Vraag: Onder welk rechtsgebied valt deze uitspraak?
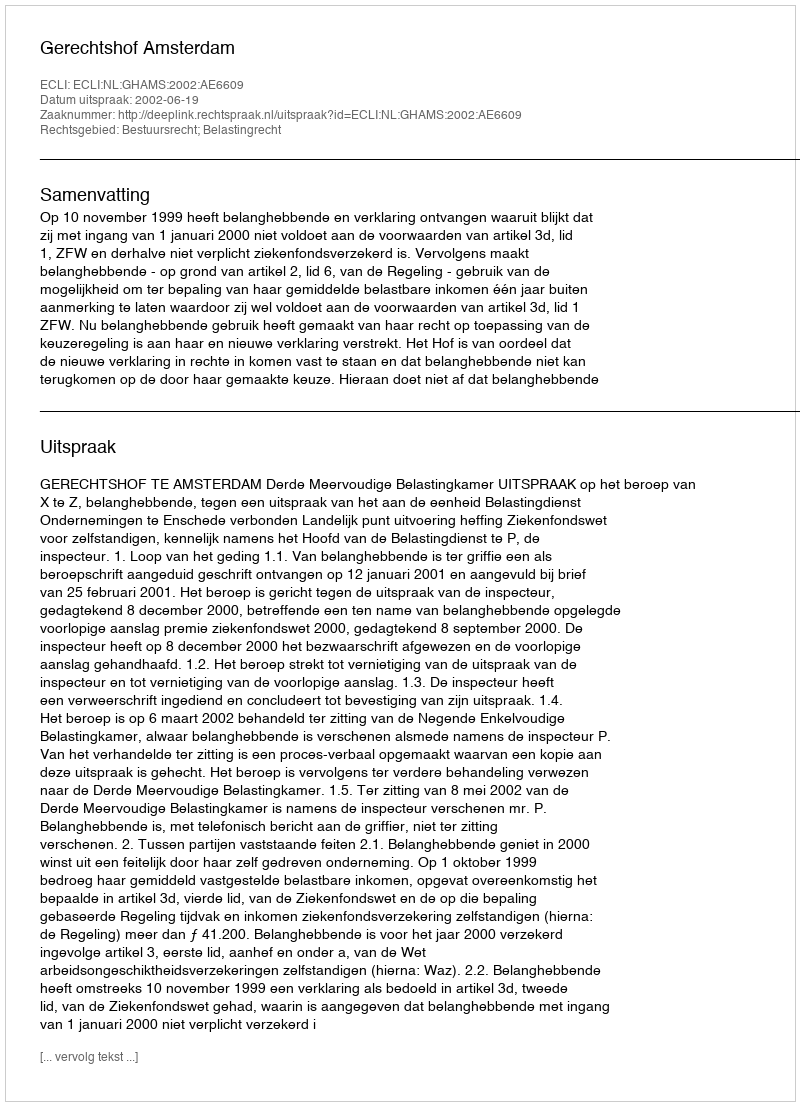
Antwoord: Bestuursrecht; Belastingrecht